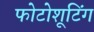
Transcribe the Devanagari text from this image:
फोटोशूटिंग